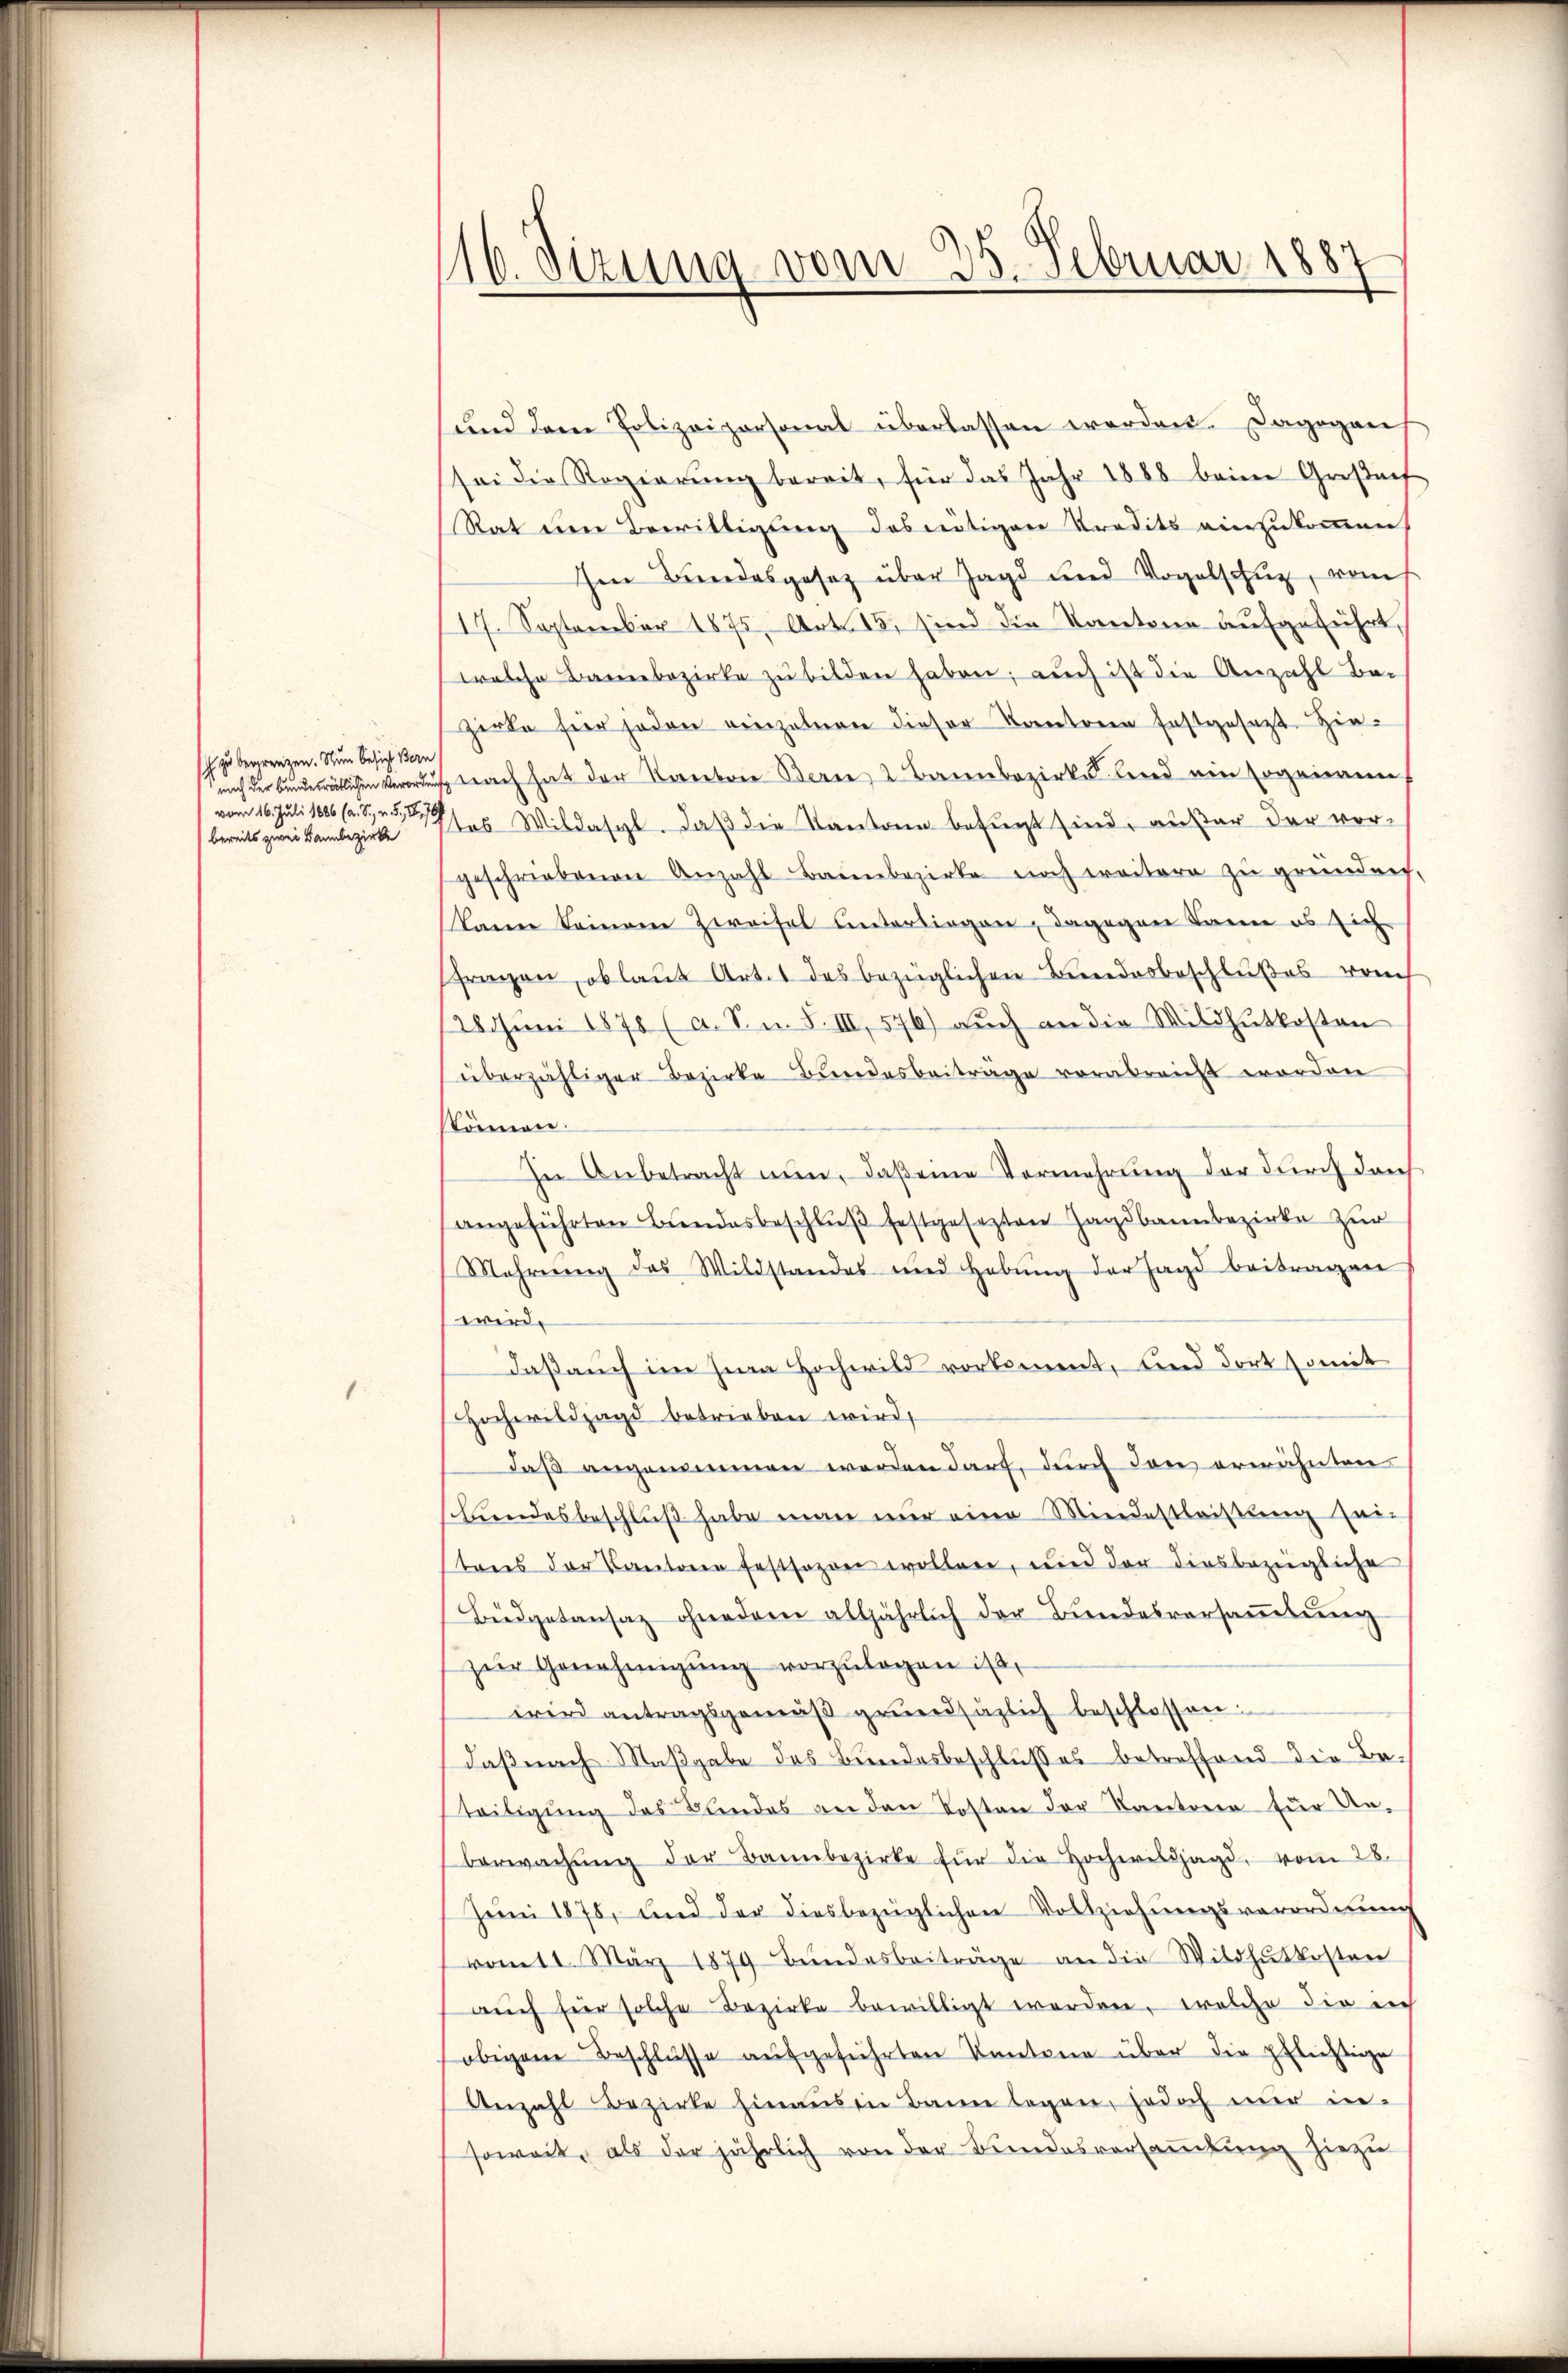
h zu begrenzen. Nun besicht Bern
vom 16. Juli 1886 (a. S., n. F. B,76
bereits zwei Bannbezirke

116. Jezung vom 25. Februar 188

und dem Polizeipersonal überlassen werden. Dagegen
sei die Regierung bereit, für das Jahr 1888 beim Großart
Rat um Bewilligung des nötigen Predits einzukommen
ihen Bundesgesetz über Jagd und Vogelschuz, von
17. September 1875, Art. 15, sind die Kantone aufgeführt
welche Bambezirke zu bilden haben; auch ist die Anzahl Be-
zirte für jeden einzelnen dieser Kantoren festgesezt Hin¬
Nach der Bundesrätlichen Verordnus nach hat der Sorgetrie Berne, 2 Bannbezirke lind ein sogenann
tes Wildasel. Daß die Kantone befugt sind, außer der vorgeschriebenen Anzahl Baumbezirke noch weitere zu gründen,
kann keinem Zweifel unterliegen, dagegen Tanne es sich
fragen, oblaut Art. 1 des bezüglichen Bundesbeschlußes rauch
28Jŭni 1878 (a. S. n. F. III, 576) aŭch an die Mildhŭtkosten
überzähliger Bezirke Bundesbeiträge verabreicht worden
skönnen.
In Anbetracht nun, daß eine Vermehrung der durch dan
angeführten Bundesbeschlŭβ festgesezten Jagdbannbezirke zur
Mahrŭng des Wildstandes und Hebŭng der Jagd beitragen
wird.
Daß auch im Jura Hochwild vorkommt, und dort somit
Hochwildjagd betrieben wird,
daß angenommen werden darf, durch den erwähnten
Bundesbeschluß habe man nur eine Mindestleisung sei-
tens der Cantone festsozen wollen, und der diesbezügliche
Büdgetansaz ohnedem alljährlich der Bŭndesversaṁlŭng
zŭr Genehmigŭng vorzŭlegen ist,
wird antragsgemäβ grŭndsäzlich beschlossen.
daß nach Maßgabe des Bundesbeschlusses betreffend die Beteiligung des Bundes an den Kosten der Kantone für Unberwachŭng der Bannbezirke für die Hocherisijagd, vom 28.
Juni 1878, und der diesbezüglichen Vollziehungsverordnung
vom 11. März 1879 Bŭndesbeiträge an die Wildhŭtkosten
auch für solche Bezirke bewilligt worden, welche die in
obigen Beschlüsse aufgeführten Kantone über die pflichtige
Anzahl Bezirke hinaus in Bann legen, jedoch nur in-
soweit, als der jährlich von der Bundesversaṁlŭng hiezu